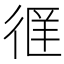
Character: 𫹖